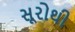
સૂરોથી